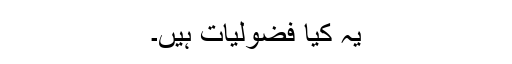
یہ کیا فضولیات ہیں۔